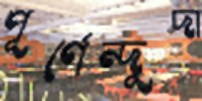
পূর্ণেন্দুদা